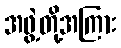
အဖွဲ့တို့အကြား